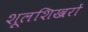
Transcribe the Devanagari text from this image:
शूलशिखरों